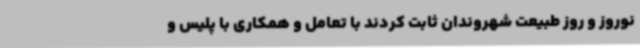
نوروز و روز طبیعت شهروندان ثابت کردند با تعامل و همکاری با پلیس و